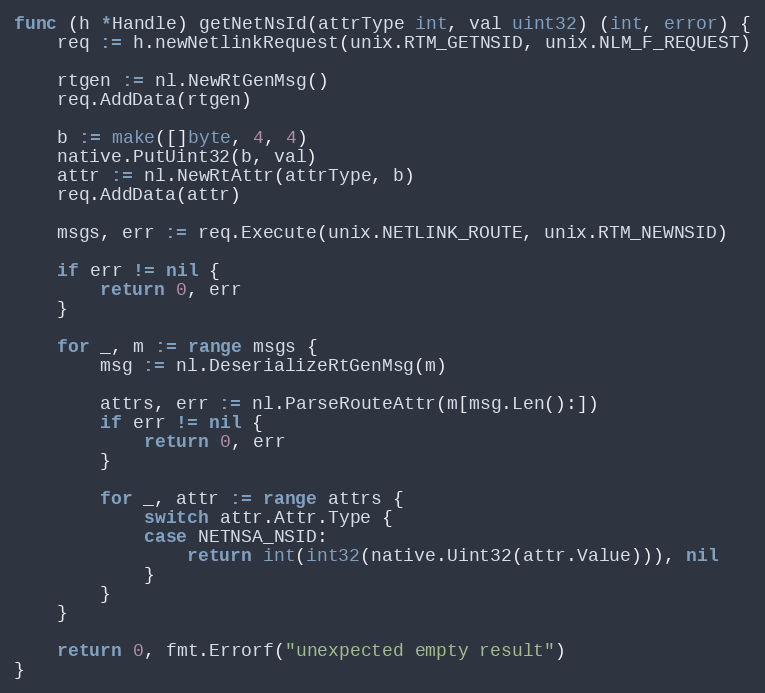
Language: Go
func (h *Handle) getNetNsId(attrType int, val uint32) (int, error) {
	req := h.newNetlinkRequest(unix.RTM_GETNSID, unix.NLM_F_REQUEST)

	rtgen := nl.NewRtGenMsg()
	req.AddData(rtgen)

	b := make([]byte, 4, 4)
	native.PutUint32(b, val)
	attr := nl.NewRtAttr(attrType, b)
	req.AddData(attr)

	msgs, err := req.Execute(unix.NETLINK_ROUTE, unix.RTM_NEWNSID)

	if err != nil {
		return 0, err
	}

	for _, m := range msgs {
		msg := nl.DeserializeRtGenMsg(m)

		attrs, err := nl.ParseRouteAttr(m[msg.Len():])
		if err != nil {
			return 0, err
		}

		for _, attr := range attrs {
			switch attr.Attr.Type {
			case NETNSA_NSID:
				return int(int32(native.Uint32(attr.Value))), nil
			}
		}
	}

	return 0, fmt.Errorf("unexpected empty result")
}